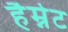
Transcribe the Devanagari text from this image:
हैम्नेट